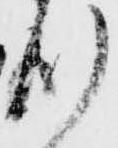
則